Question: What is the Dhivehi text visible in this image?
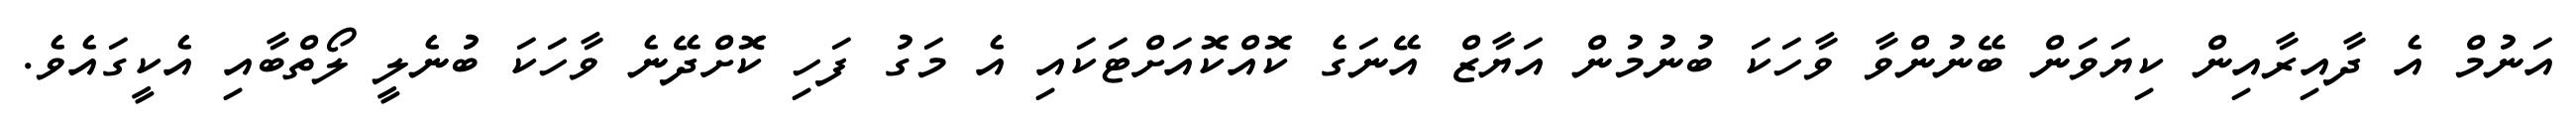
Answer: އަނުމް އެ ދާއިރާއިން ކިޔަވަން ބޭނުންވާ ވާހަކަ ބުނުމުން އަޔާޒް އޭނަގެ ކޮއްކޮއަށްޓަކައި އެ މަގު ފަހި ކޮށްދޭނެ ވާހަކަ ބުނެލީ ލޯތްބާއި އެކީގައެވެ.